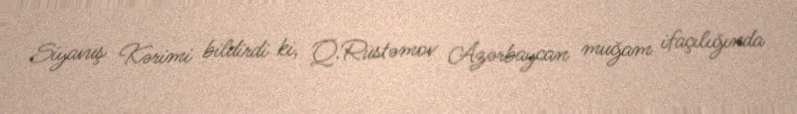
Siyavuş Kərimi bildirdi ki, Q.Rüstəmov Azərbaycan muğam ifaçılığında